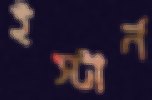
ইস্টার্ন